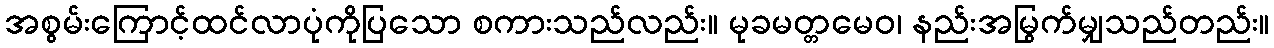
အစွမ်းကြောင့်ထင်လာပုံကိုပြသော စကားသည်လည်း။ မုခမတ္တမေဝ၊ နည်းအမြွက်မျှသည်တည်း။